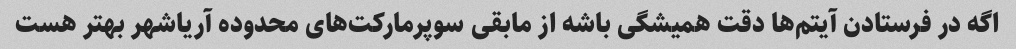
اگه در فرستادن آیتم‌ها دقت همیشگی باشه از مابقی سوپرمارکت‌های محدوده آریاشهر بهتر هست